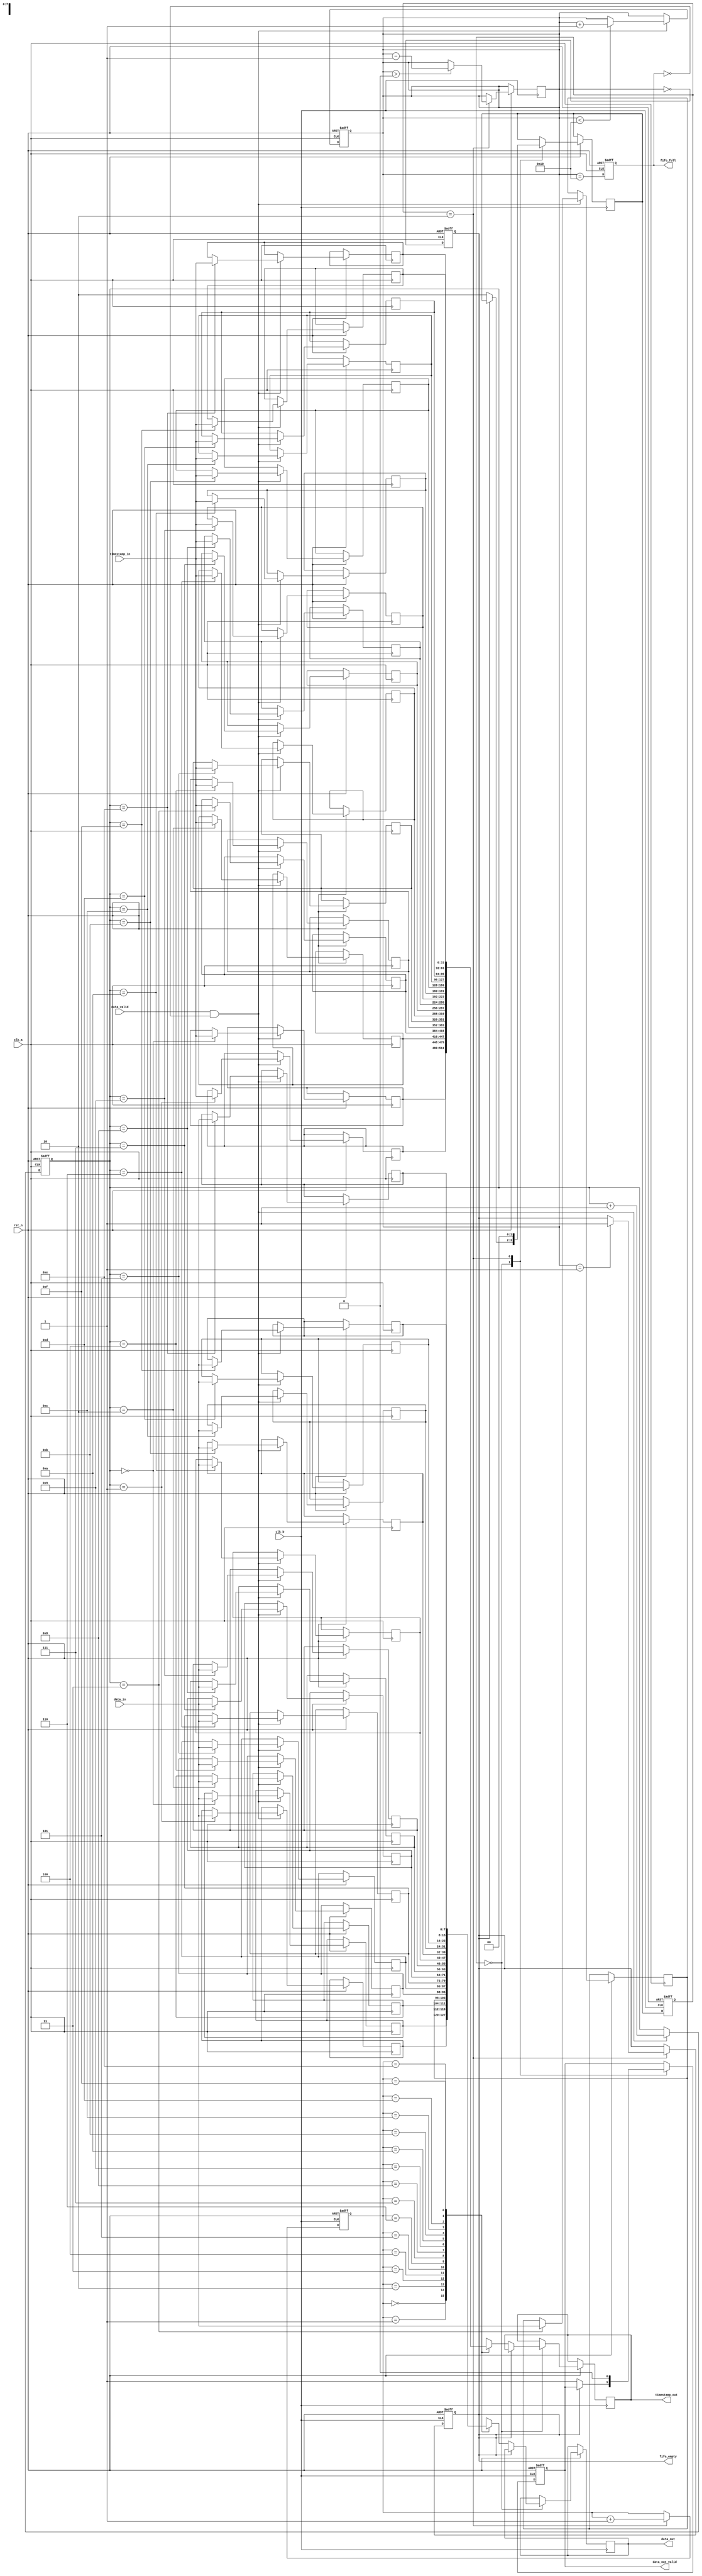
module time_stamped_synchronizer #(
    parameter DATA_WIDTH = 8,       // Width of the data
    parameter TIMESTAMP_WIDTH = 32,  // Width of the timestamp
    parameter FIFO_DEPTH = 16         // Depth of the FIFO
)(
    input wire clk_a,                 // Clock for Domain A
    input wire clk_b,                 // Clock for Domain B
    input wire rst_n,                 // Active low reset
    input wire [DATA_WIDTH-1:0] data_in, // Input data from Domain A
    input wire [TIMESTAMP_WIDTH-1:0] timestamp_in, // Input timestamp from Domain A
    input wire data_valid,            // Data valid signal from Domain A
    output reg [DATA_WIDTH-1:0] data_out, // Output data to Domain B
    output reg [TIMESTAMP_WIDTH-1:0] timestamp_out, // Output timestamp to Domain B
    output reg data_out_valid,        // Data valid signal for Domain B
    output reg fifo_full,             // FIFO full flag
    output reg fifo_empty              // FIFO empty flag
);

    // FIFO storage
    reg [DATA_WIDTH-1:0] fifo_data [0:FIFO_DEPTH-1];
    reg [TIMESTAMP_WIDTH-1:0] fifo_timestamp [0:FIFO_DEPTH-1];
    reg [3:0] write_pointer;
    reg [3:0] read_pointer;
    reg [4:0] count; // Count of items in FIFO

    // State encoding
    localparam IDLE = 2'b00,
               WRITE = 2'b01,
               READ = 2'b10;
               
    reg [1:0] state, next_state;

    // Asynchronous reset
    always @(posedge clk_a or negedge rst_n) begin
        if (!rst_n) begin
            write_pointer <= 0;
            count <= 0;
            fifo_full <= 0;
        end else begin
            if (data_valid && !fifo_full) begin
                fifo_data[write_pointer] <= data_in;
                fifo_timestamp[write_pointer] <= timestamp_in;
                write_pointer <= write_pointer + 1;
                if (count < FIFO_DEPTH) count <= count + 1;
            end
            fifo_full <= (count == FIFO_DEPTH);
        end
    end

    always @(posedge clk_b or negedge rst_n) begin
        if (!rst_n) begin
            read_pointer <= 0;
            data_out_valid <= 0;
            fifo_empty <= 1;
        end else begin
            case (state)
                IDLE: begin
                    if (!fifo_empty) begin
                        data_out <= fifo_data[read_pointer];
                        timestamp_out <= fifo_timestamp[read_pointer];
                        data_out_valid <= 1;
                        next_state <= READ;
                    end
                end
                READ: begin
                    data_out_valid <= 0;
                    read_pointer <= read_pointer + 1;
                    if (count > 0) begin
                        count <= count - 1;
                    end
                    if (count == 1) fifo_empty <= 1;
                    next_state <= IDLE;
                end
            endcase
        end
    end

    // Update FIFO empty flag
    always @(posedge clk_a or negedge rst_n) begin
        if (!rst_n) begin
            fifo_empty <= 1;
        end else begin
            fifo_empty <= (count == 0);
        end
    end

    // State transition logic
    always @(posedge clk_b or negedge rst_n) begin
        if (!rst_n) begin
            state <= IDLE;
        end else begin
            state <= next_state;
        end
    end

endmodule